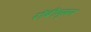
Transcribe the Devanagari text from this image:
रॉबीन्सन